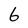
Character: 6